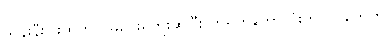
သိန်းနီးပါးထက် ပိုမပေးရဘူးဆိုပြီး တရုတ်ဘောလုံးကလပ်တွေက